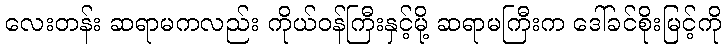
လေးတန်း ဆရာမကလည်း ကိုယ်ဝန်ကြီးနှင့်မို့ ဆရာမကြီးက ဒေါ်ခင်စိုးမြင့်ကို